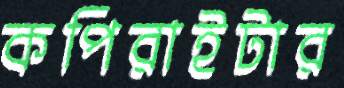
কপিরাইটার